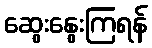
ဆွေးနွေးကြရန်